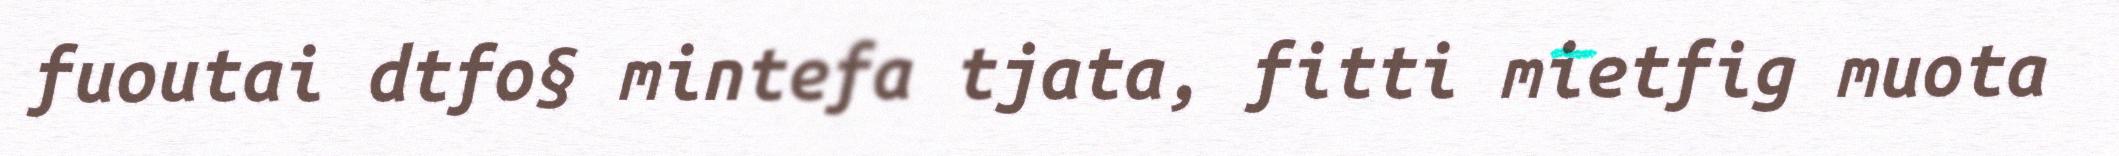
fuoutai dtfo§ mintefa tjata, fitti mietfig muota